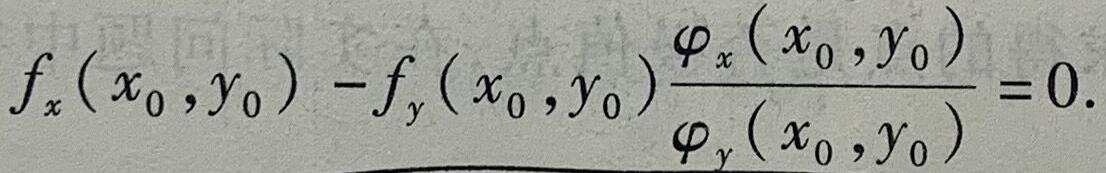
$f_x\left(x_0,y_0\right)-f_y\left(x_0,y_0\right)\frac{\varphi_x\left(x_0,y_0\right)}{\varphi_y\left(x_0,y_0\right)} = 0.$